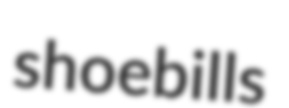
shoebills